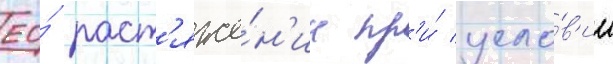
ео́ раст'яже́н'ии пр'и́ усло́в'ии